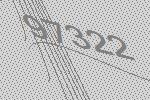
97322